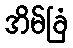
အိမ်ခြံ